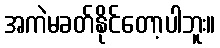
အကဲမခတ်နိုင်တော့ပါဘူး။